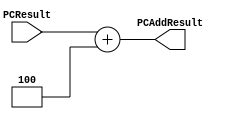
`timescale 1ns / 1ps

////////////////////////////////////////////////////////////////////////////////
// ECE369A - Computer Architecture
// Laboratory  
// Module - PCAdder.v
// Description - 32-Bit program counter (PC) adder.
// 
// INPUTS:-
// PCResult: 32-Bit input port.
// 
// OUTPUTS:-
// PCAddResult: 32-Bit output port.
//
// FUNCTIONALITY:-
// Design an incrementor (or a hard-wired ADD ALU whose first input is from the 
// PC, and whose second input is a hard-wired 4) that computes the current 
// PC + 4. The result should always be an increment of the signal 'PCResult' by 
// 4 (i.e., PCAddResult = PCResult + 4).
////////////////////////////////////////////////////////////////////////////////

module PCAdder(PCResult, PCAddResult);

    input [31:0] PCResult;

    output [31:0] PCAddResult;

    assign PCAddResult = PCResult + 4;

endmodule